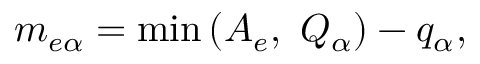
m _ { e \alpha } = \operatorname* { m i n } \left( A _ { e } , \ Q _ { \alpha } \right) - q _ { \alpha } ,